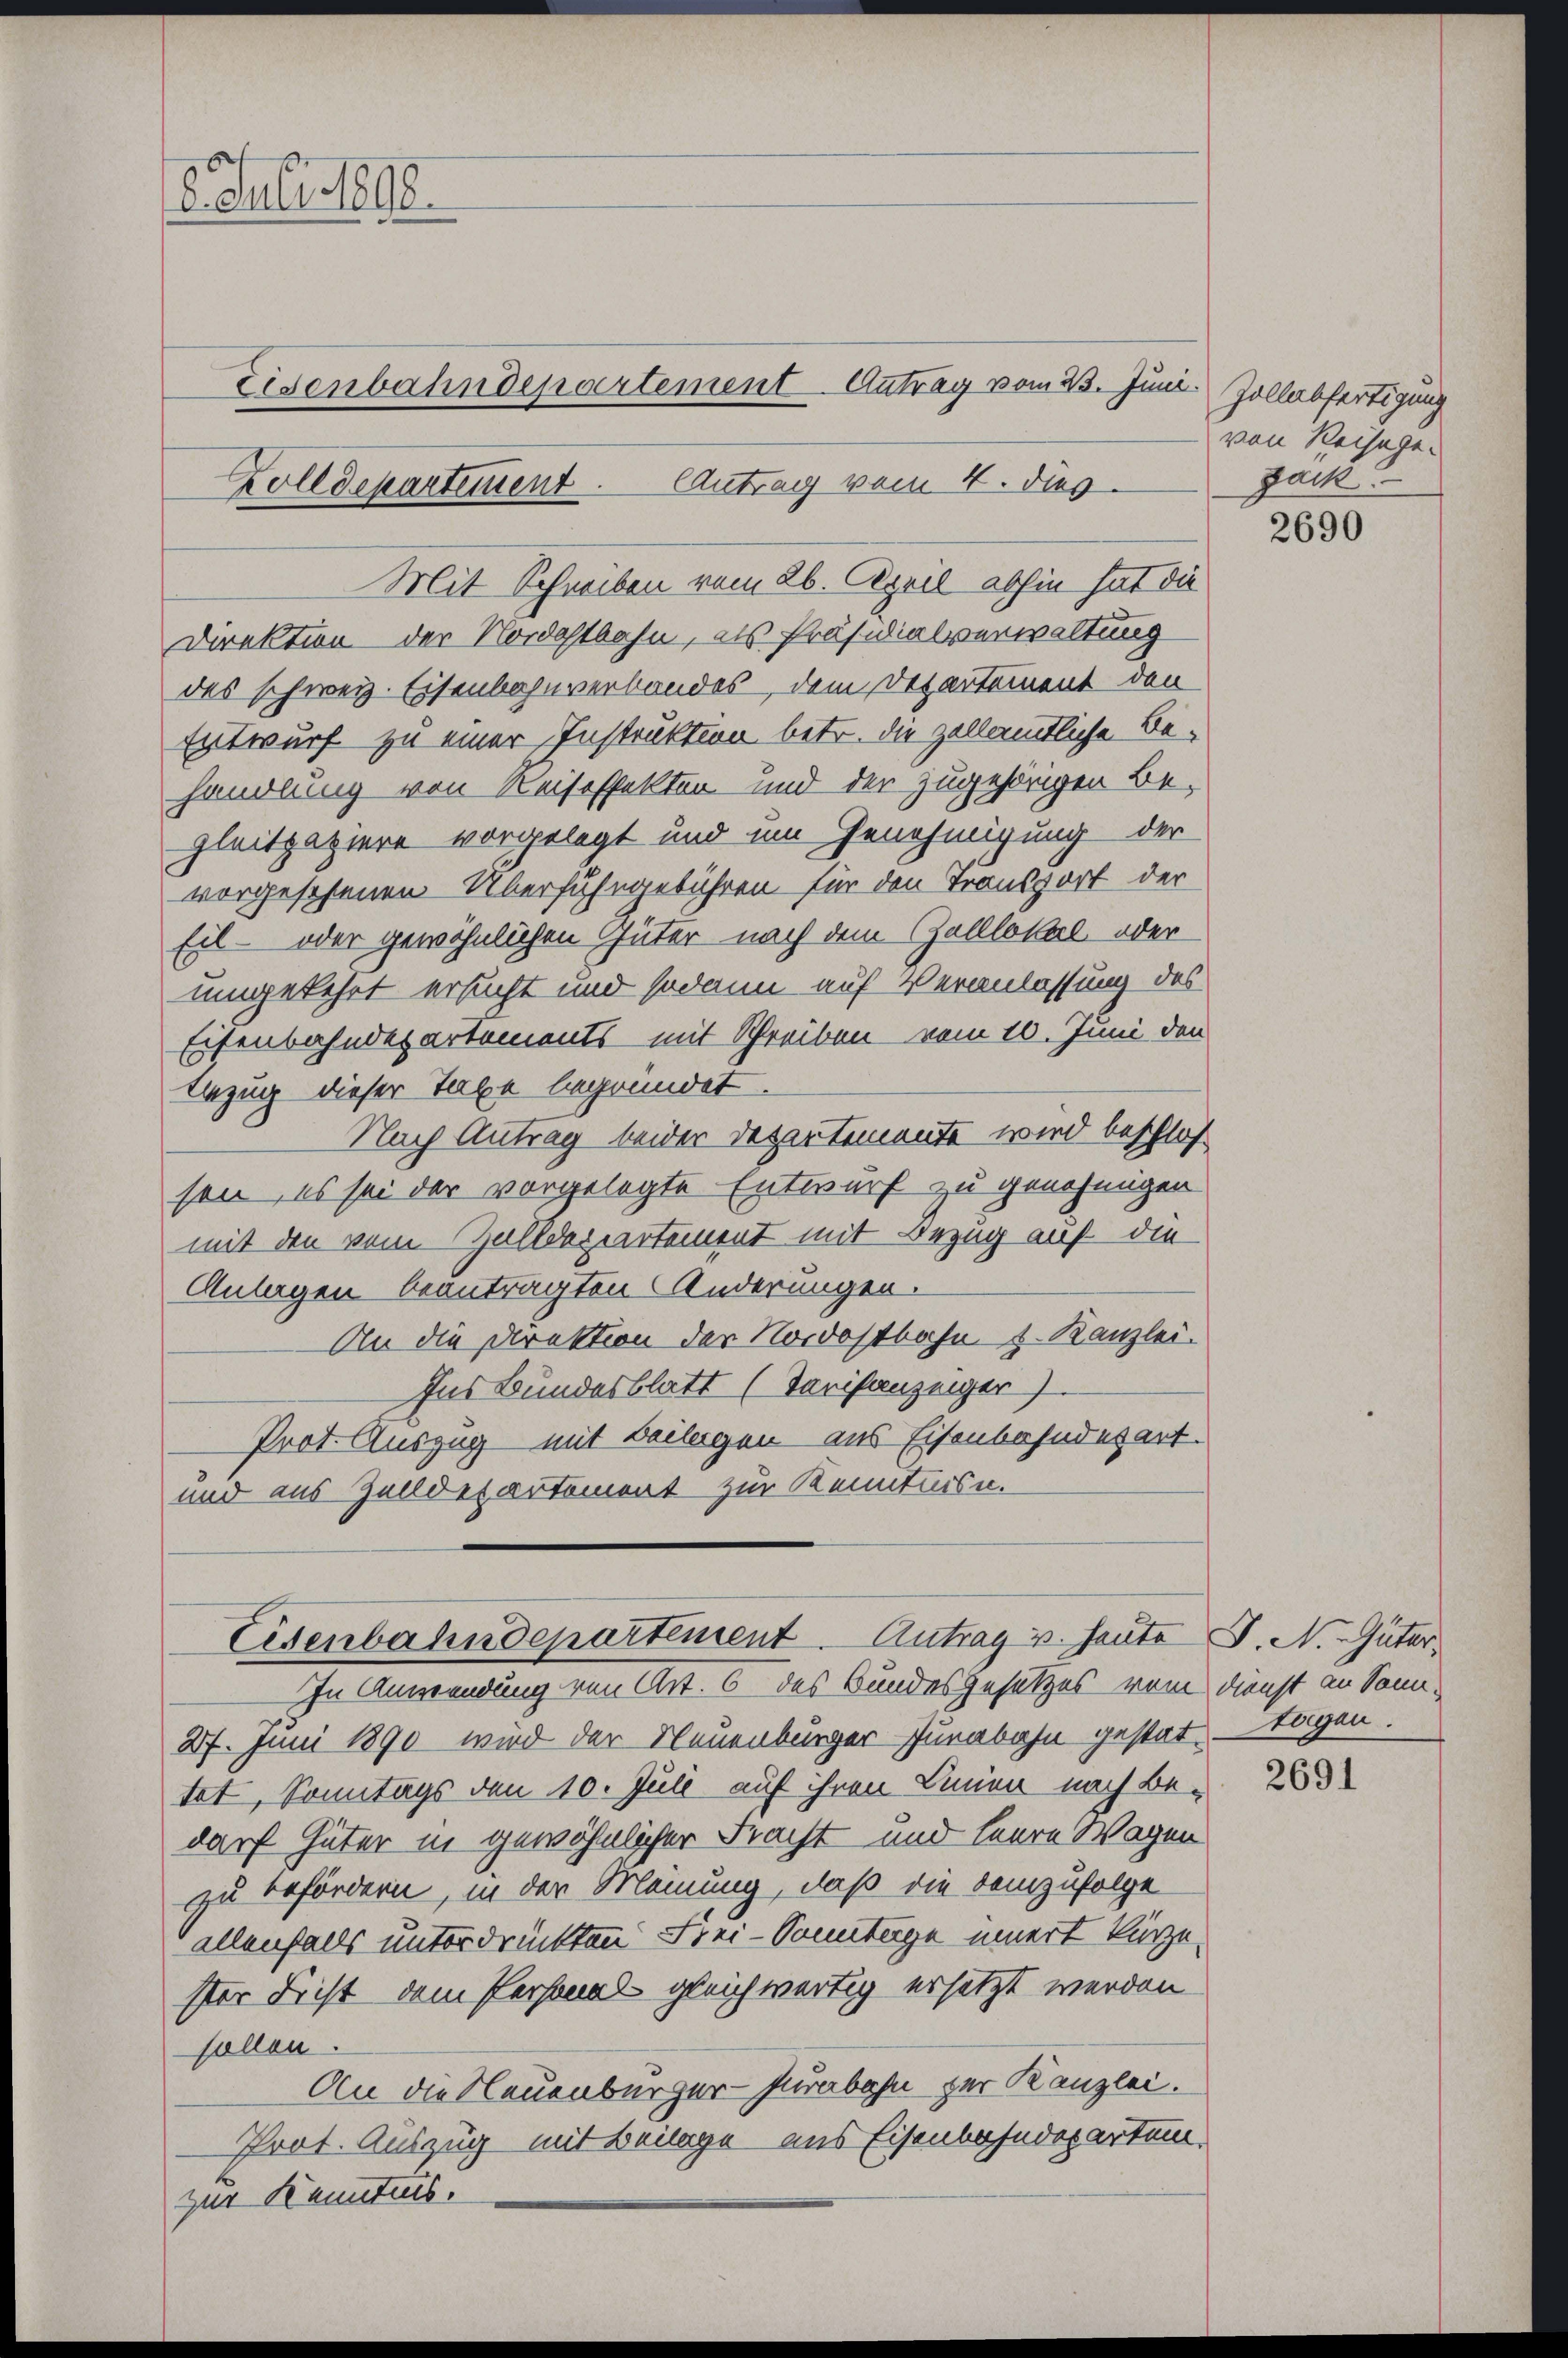
16. Juli 1890.
Eisenbahndepartement Antrag vom 23. Juni: Zollabfertigung
Zolldepartement. Antrag vom 4. dies

Direktion der Nordostbahn, als Präsidialverwaltung
des schweiz. Eisenbahnverbandes dem Departement den
Entwurf zu einer Instruktion betr. die zollamtliche Behandlung von Reiseffekten und der zugehörigen Begleitpapiere vorgelegt und um Genehmigung der
vorgesehenen Überfuhrgebühren für den Transport der
Eil- oder gewöhnlichen Güter nach dem Zolllokal oder
umgekehrt ersucht und sodann auf Veranlassung des
Eisenbahndepartements mit Schreiben vom 10. Juni den
Bezug dieser Taxe begründet
Nach Antrag beider Departemente wird beschlos
sen, es sei der vorgelegte Entwurf zu genehmigen
mit den vom Zalldepartement mit Bezug auf die
Anlagen beantragten Änderungen.
An die Direktion der Nordostbahn u. Kanzlei.
Ins Bundesblatt (Tarifanzeiger)
Prot. Auszug mit Beilagen aus Eisenbahndesart.
und aus Zendepartement zur Kenntnisn.

Mit Schreiben vom 26. April abhin hat die

Eisenbahndepartement. Antrag u. heute
In Anwendung von Art. 6 des Bundesgesetzes vom Dienst an Sonn¬

von Reisege.
Jack.

27. Juni 1890 wird der Neuenburger Jurabahn gestat tagen.
tat, Sonntags den 10. Juli auf ihren Linien nach Bedarf Güter in gewöhnlicher Fracht und Herrn Wagen
zu befördern, in der Meinung, daß die demzufolge
allenfalls unterdrückten Frei-Sonntage innert kürze,
ster Frist dem Personals gleichwärtig ersetzt werden.
fallen.
An die Neuenburger-Purabahn zur Kanzlei.
Prot. Auszug mit Beilage aus Eisenbahndepartem
zur Kenntnis.

2690

J. N. Güter,

2691